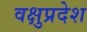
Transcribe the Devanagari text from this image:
वक्षुप्रदेश